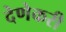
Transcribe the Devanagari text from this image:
देणेकरी